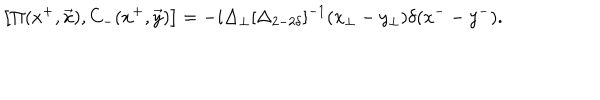
\left[ \Pi ( x ^ { + } , \vec { x } ) , C _ { - } ( x ^ { + } , \vec { y } ) \right] = - i \Delta _ { \perp } [ \Delta _ { 2 - 2 \delta } ] ^ { - 1 } ( x _ { \perp } - y _ { \perp } ) \delta ( { x ^ { - } } - y ^ { - } ) .